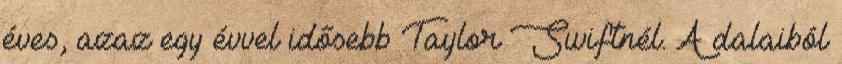
éves, azaz egy évvel idősebb Taylor Swiftnél. A dalaiból